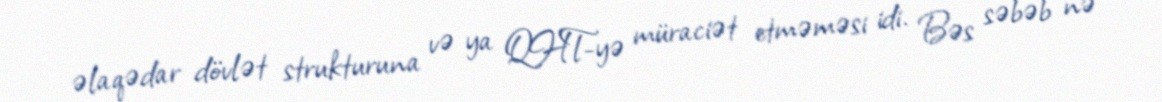
əlaqədar dövlət strukturuna və ya QHT-yə müraciət etməməsi idi. Bəs səbəb nə